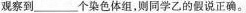
观察到_______个染色体组，则同学乙的假说正确。